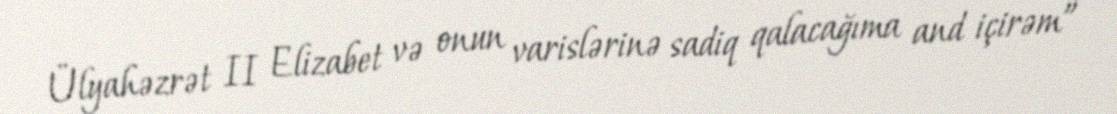
Ülyahəzrət II Elizabet və onun varislərinə sadiq qalacağıma and içirəm”